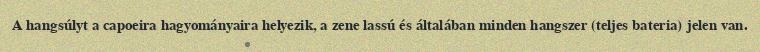
A hangsúlyt a capoeira hagyományaira helyezik, a zene lassú és általában minden hangszer (teljes bateria) jelen van.